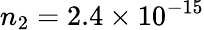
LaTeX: n_{2}=2.4\times 10^{-15}